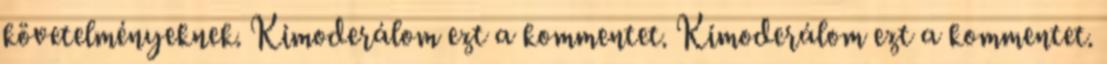
követelményeknek. Kimoderálom ezt a kommentet. Kimoderálom ezt a kommentet.